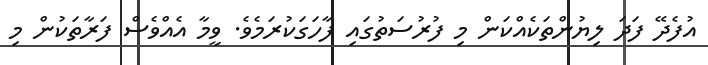
އުފެދޭ ފަދަ ލިޔުންތަކެއްކަން މި ފުރުސަތުގައި ފާހަގަކުރަމެވެ. ވީމާ އެއްވެސް ފަރާތަކުން މި